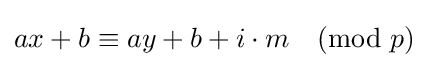
ax+b\equiv ay+b+i\cdot m{\pmod {p}}